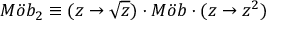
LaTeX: M \ddot { o } b _ { 2 } \equiv ( z \rightarrow \sqrt { z } ) \cdot M \ddot { o } b \cdot ( z \rightarrow z ^ { 2 } )